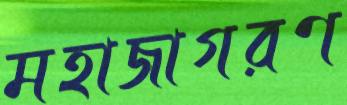
মহাজাগরণ